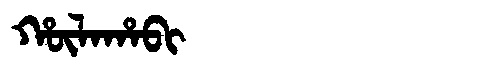
Manchu: ᡥᡡᠯᠠᡥᠠᠪᡳ
Romanization: HŪLAHABI